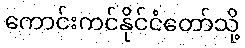
ကောင်းကင်နိုင်ငံတော်သို့